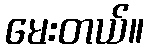
မေးတယ်။